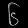
Digit: ၆